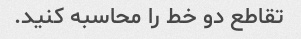
تقاطع دو خط را محاسبه کنید.